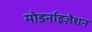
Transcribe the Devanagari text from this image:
मोडर्नाइज़ेशन